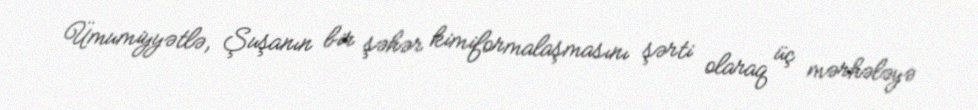
Ümumiyyətlə, Şuşanın bir şəhər kimiformalaşmasını şərti olaraq üç mərhələyə